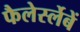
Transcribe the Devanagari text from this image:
फैलेर्स्लेबें